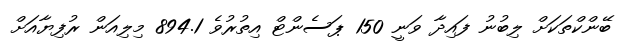
ބޭންކްތަކަށް ލިބުނު ފައިދާ ވަނީ 150 ޕަސެންޓް އިތުރުވެ 894.1 މިލިއަން ރުފިޔާއަށް